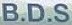
B.D.S